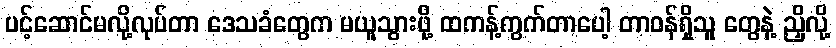
ပင့်ဆောင်မလို့လုပ်တာ ဒေသခံတွေက မယူသွားဖို့ ထကန့်ကွက်တာပေါ့ တာဝန်ရှိသူ တွေနဲ့ ညှိလို့